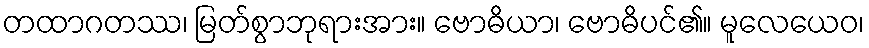
တထာဂတဿ၊ မြတ်စွာဘုရားအား။ ဗောဓိယာ၊ ဗောဓိပင်၏။ မူလေယေဝ၊